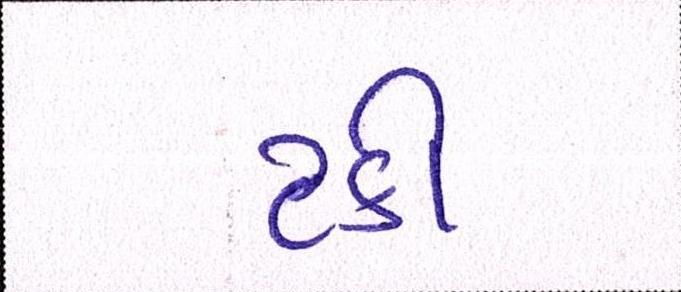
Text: ટકી